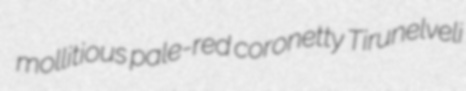
mollitious pale-red coronetty Tirunelveli